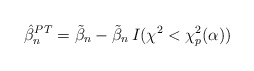
\begin{align*}\hat{\beta}_n^{PT} = \tilde{\beta}_n -\tilde{\beta}_n \, I(\chi^2 < \chi^2_p(\alpha))\end{align*}